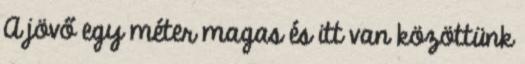
A jövő egy méter magas és itt van közöttünk